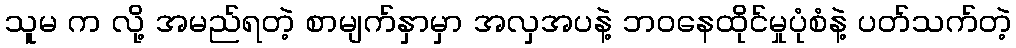
သူမ က လို့ အမည်ရတဲ့ စာမျက်နှာမှာ အလှအပနဲ့ ဘဝနေထိုင်မှုပုံစံနဲ့ ပတ်သက်တဲ့